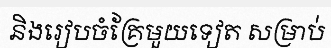
និងរៀបចំគ្រែមួយទៀត សម្រាប់